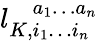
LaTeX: l_{K,i_{1}\ldots i_{n}}^{\phantom{K,}a_{1}\ldots a_{n}}